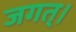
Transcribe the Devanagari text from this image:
जगत्‌।